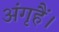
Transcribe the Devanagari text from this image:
अंगृहैं।